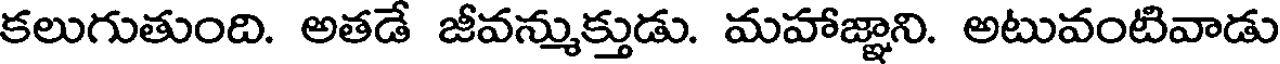
కలుగుతుంది. అతడే జీవన్ముక్తుడు. మహాజ్ఞాని. అటువంటివాడు